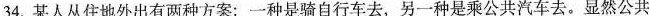
34.某人从住地外出有两种方案：一种是骑自行车去，另一种是乘公共汽车去。显然公共